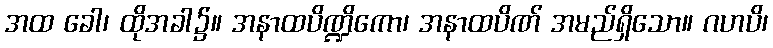
အထ ခေါ၊ ထိုအခါ၌။ အနာထပိဏ္ဍိကော၊ အနာထပိဏ် အမည်ရှိသော။ ဂဟပိ၊